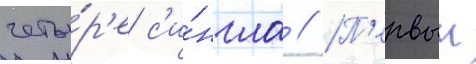
четы́р'е с'и́нгла // П'ервыи